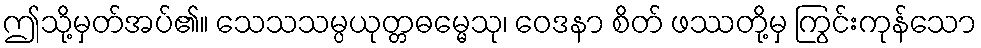
ဤသို့မှတ်အပ်၏။ သေသသမ္ပယုတ္တဓမ္မေသု၊ ဝေဒနာ စိတ် ဖဿတို့မှ ကြွင်းကုန်သော